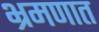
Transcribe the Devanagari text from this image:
भ्रमणात